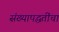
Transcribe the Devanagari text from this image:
संख्यापद्धतींचा